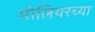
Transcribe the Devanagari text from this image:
मोलियरच्या